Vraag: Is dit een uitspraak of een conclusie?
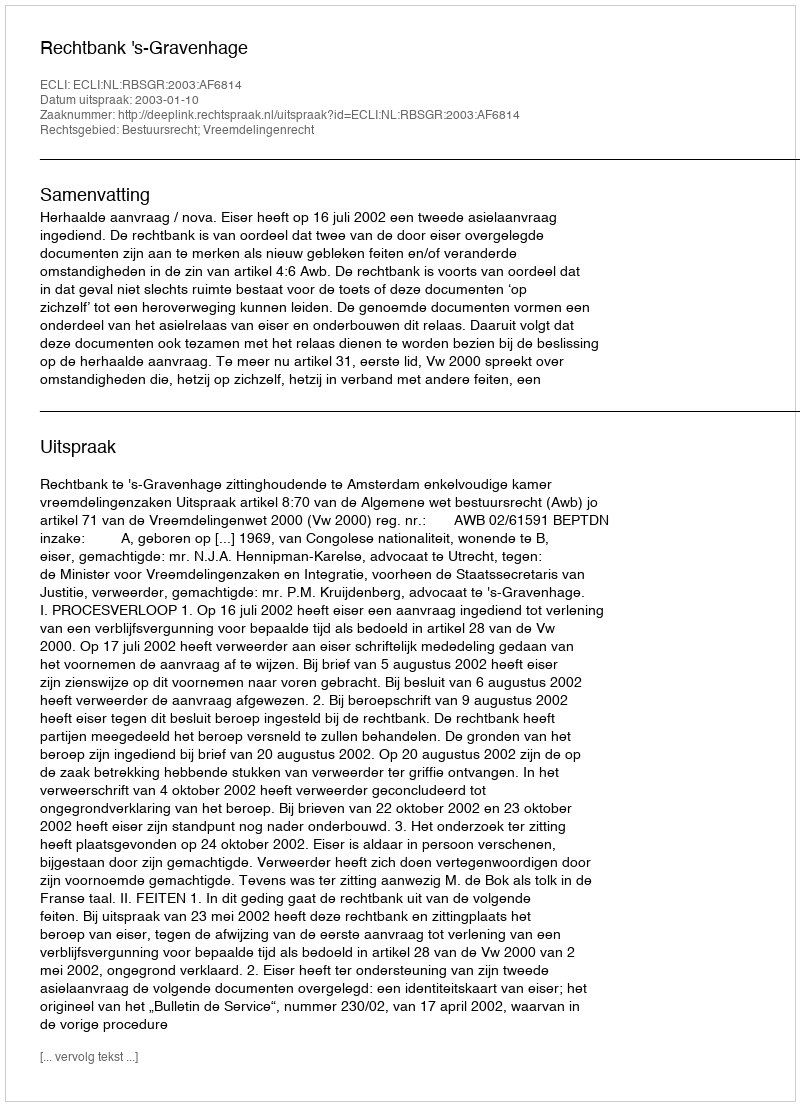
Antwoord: Uitspraak